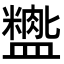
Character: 𬐺